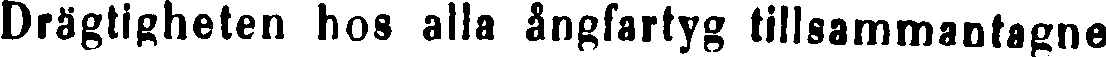
Drägtigheten hos alla ångfartyg tillsammanfagne